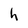
Character: h